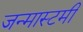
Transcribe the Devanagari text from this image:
जन्मास्टमी